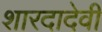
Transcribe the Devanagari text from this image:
शारदादेवी